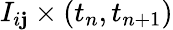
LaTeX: I_{i\mathbf{j}}\times(t_{n},t_{n+1})